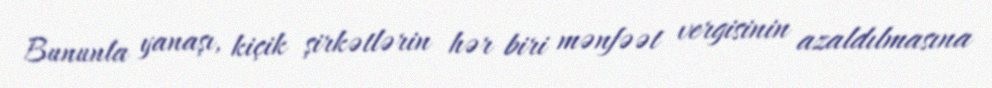
Bununla yanaşı, kiçik şirkətlərin hər biri mənfəət vergisinin azaldılmasına